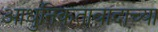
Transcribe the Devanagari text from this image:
आधुनिकतावादाच्या